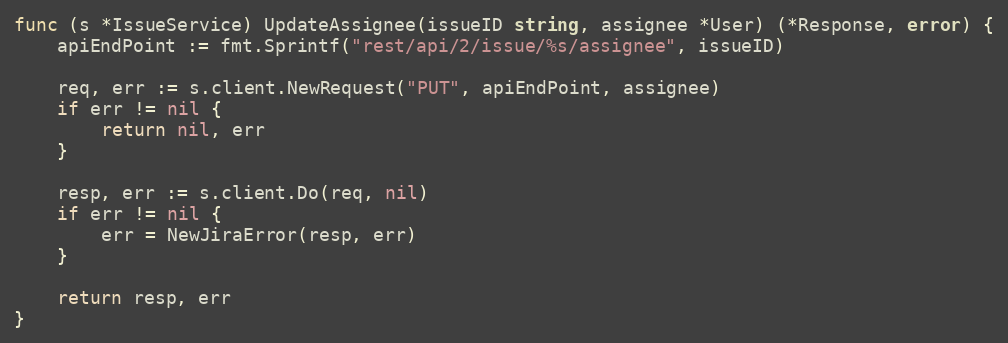
Language: Go
func (s *IssueService) UpdateAssignee(issueID string, assignee *User) (*Response, error) {
	apiEndPoint := fmt.Sprintf("rest/api/2/issue/%s/assignee", issueID)

	req, err := s.client.NewRequest("PUT", apiEndPoint, assignee)
	if err != nil {
		return nil, err
	}

	resp, err := s.client.Do(req, nil)
	if err != nil {
		err = NewJiraError(resp, err)
	}

	return resp, err
}